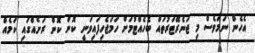
އެހެން ނަމަވެސް މި ޖަނެރޭޓަރުތައް ބެހެއްޓުމަށް ހަމަޖެހިފައިވަނީ ކޮން ކޮން ރަށެއްގައި ކަމެއް